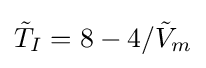
{\tilde {T}}_{I}=8-4/{\tilde {V}}_{m}